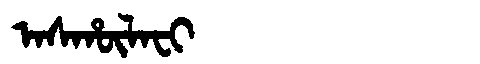
Manchu: ᠠᠰᡥᡡᠯᠠᠸᡳ
Romanization: ASHŪLAFI